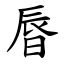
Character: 㫳